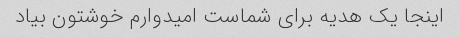
اینجا یک هدیه برای شماست امیدوارم خوشتون بیاد